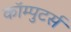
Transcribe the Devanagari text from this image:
कॉम्पुटर्स